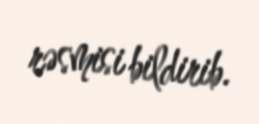
rəsmisi bildirib.